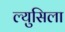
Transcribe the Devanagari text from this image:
ल्युसिला